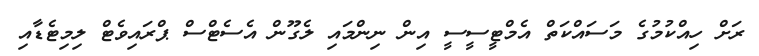
ރަށް ހިއްކުމުގެ މަސައްކަތް އެމްޓީސީސީ އިން ނިންމައި ލެގޫން އެސެޓްސް ޕްރައިވެޓް ލިމިޓެޑާއި